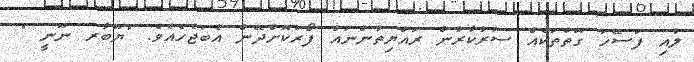
ލުއި ފަސޭހަ ގޮތްތަކެއް ސަރުކާރުން ރައްޔިތުންނައް ފޯރުކޮށްދޭން އެބަޖެހެއެވެ. "ޔޫބާރ ނޫނީ "